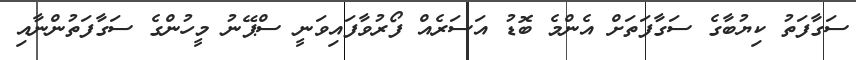
ސަގާފަތު ކިޔުބާގެ ސަގާފަތަށް އެންމެ ބޮޑު އަސަރެއް ފޯރުވާފައިވަނީ ސްޕޭނު މީހުންގެ ސަގާފަތުންނާއި